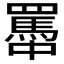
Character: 𦌭